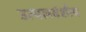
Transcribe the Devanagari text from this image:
उत्पलवंशीय